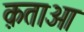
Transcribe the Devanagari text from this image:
क़ताआ